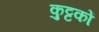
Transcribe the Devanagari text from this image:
कुट्टकों